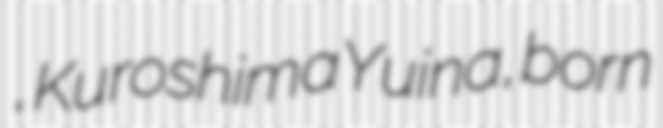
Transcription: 結菜, Kuroshima Yuina, born